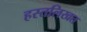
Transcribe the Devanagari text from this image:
हस्तलिखत